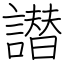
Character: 譛